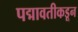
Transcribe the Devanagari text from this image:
पद्मावतीकडून